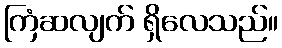
ကြံဆလျက် ရှိလေသည်။